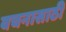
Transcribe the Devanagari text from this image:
वचनासाठी